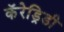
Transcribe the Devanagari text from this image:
कॅरेड्रिडी